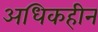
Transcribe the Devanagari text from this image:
अधिकहीन